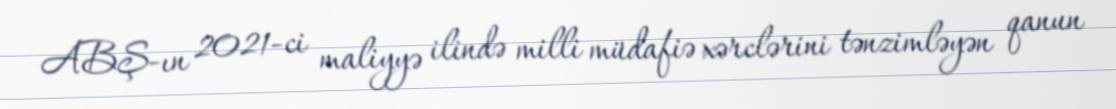
ABŞ-ın 2021-ci maliyyə ilində milli müdafiə xərclərini tənzimləyən qanun